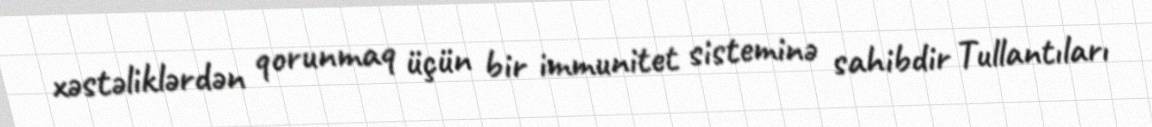
xəstəliklərdən qorunmaq üçün bir immunitet sisteminə sahibdir Tullantıları